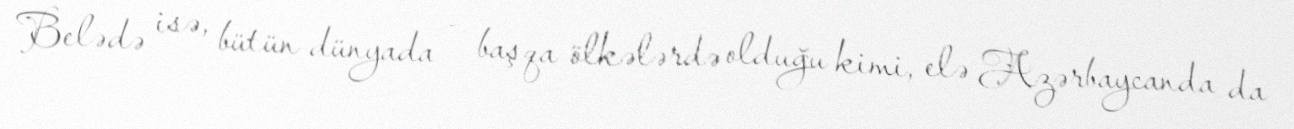
Belədə isə, bütün dünyada - başqa ölkələrdə olduğu kimi, elə Azərbaycanda da